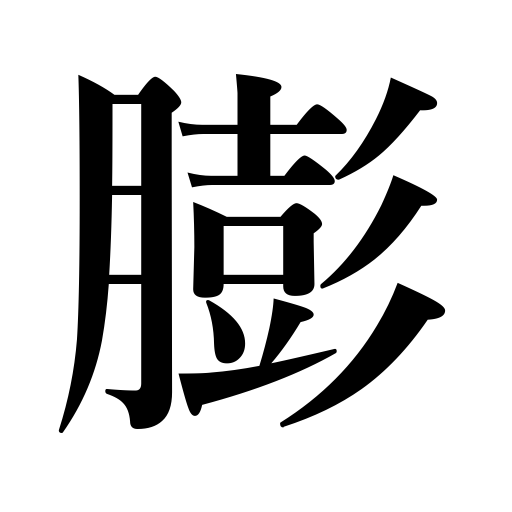
Meanings: swell,get fat,get thick